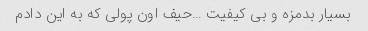
بسیار بدمزه و بی کیفیت …حیف اون پولی که به این دادم